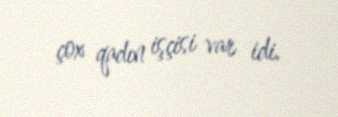
çox qadın işçisi var idi.